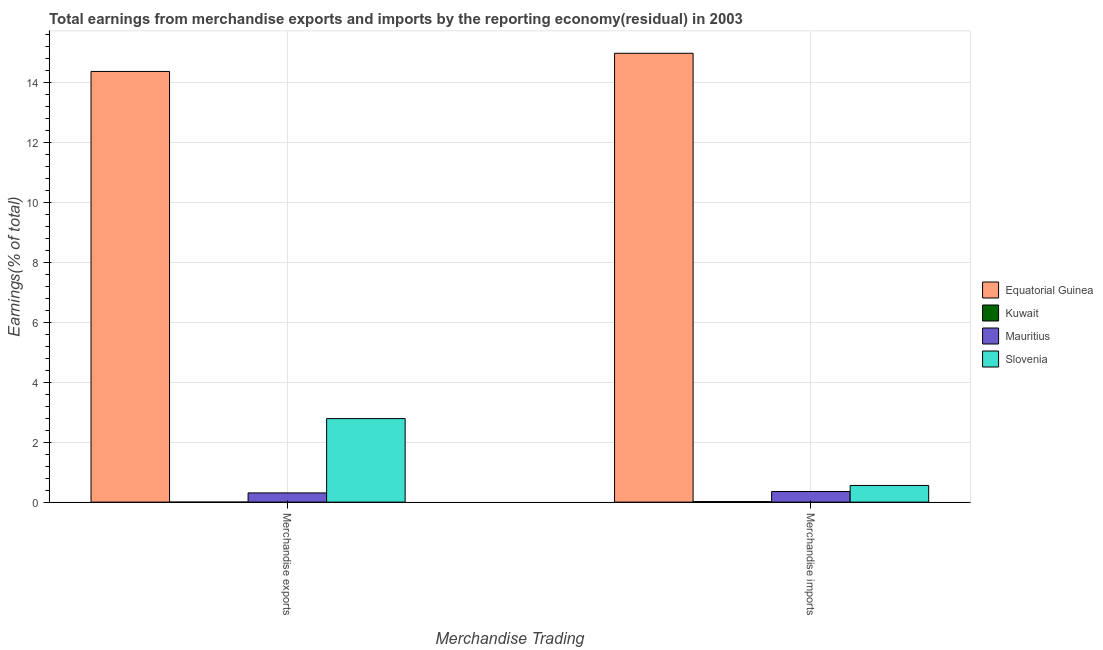
| Merchandise Trading | Equatorial Guinea | Kuwait | Mauritius | Slovenia |
 | --- | --- | --- | --- | --- |
 | Merchandise exports | 14.4 | 2.93e-09 | 0.307 | 2.79 |
 | Merchandise imports | 15 | 0.018 | 0.355 | 0.557 |